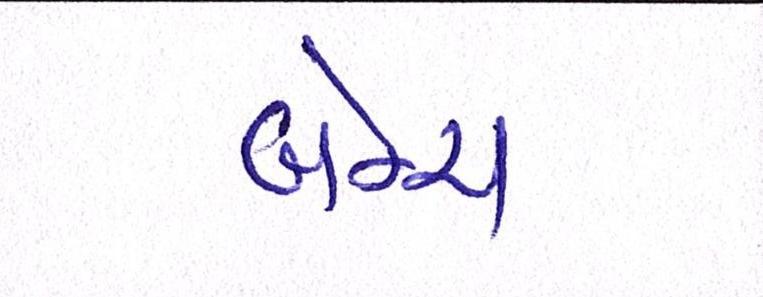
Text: બેન્ચ